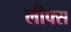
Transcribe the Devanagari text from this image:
लीफ्स